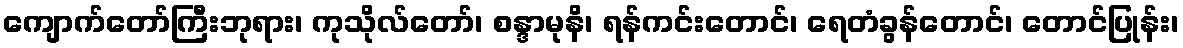
ကျောက်တော်ကြီးဘုရား၊ ကုသိုလ်တော်၊ စန္ဒာမုနိ၊ ရန်ကင်းတောင်၊ ရေတံခွန်တောင်၊ တောင်ပြုန်း၊